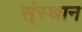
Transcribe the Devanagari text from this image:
स्ंस्थान